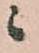
ニ